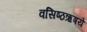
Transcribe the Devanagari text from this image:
वसिष्ठऋषये